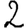
Digit: 2